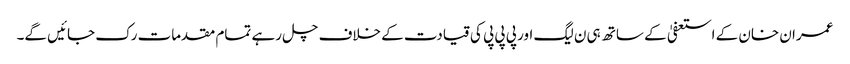
عمران خان کے استعفیٰ کے ساتھ ہی ن لیگ اور پی پی پی کی قیادت کے خلاف چل رہے تمام مقدمات رک جائیں گے۔